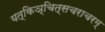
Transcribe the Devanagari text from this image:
यत्किञ्चित्सचराचरम्